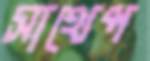
সাথেপ